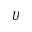
\cal U